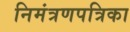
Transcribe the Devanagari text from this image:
निमंत्रणपत्रिका